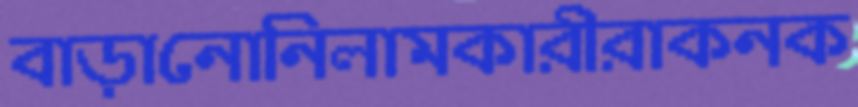
বাড়ানোনিলামকারীরাকনক